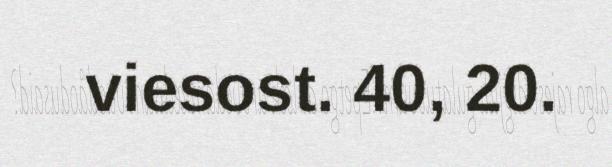
viesost. 40, 20.